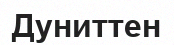
Дуниттен